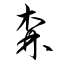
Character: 森